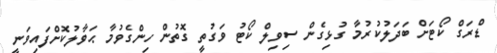
ޑްރަގް ކޯޓަށް ބަދަލުކުރުމާ ގުޅިގެން ސިވިލް ކޯޓު ވަގުތީ ގޮތުން ހިންގެވުމާ ޙަވާލުކޮށްފައިވަނީ